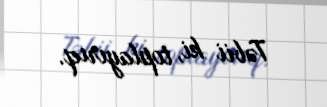
Təbii ki, toplayırıq.